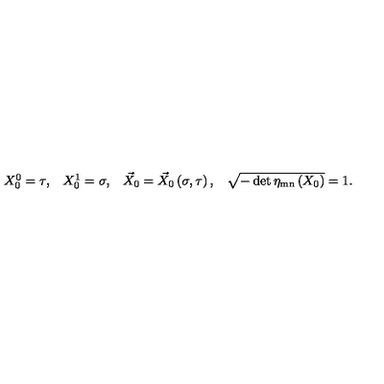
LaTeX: \begin{array} { c c c c } { X _ { 0 } ^ { 0 } = \tau , } & { X _ { 0 } ^ { 1 } = \sigma , } & { \vec { X } _ { 0 } = \vec { X } _ { 0 } \left( \sigma , \tau \right) , } & { \sqrt { - \det \eta _ { \mathrm { m n } } \left( X _ { 0 } \right) } = 1 . } \\ \end{array}